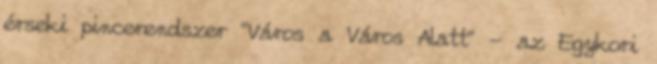
érseki pincerendszer "Város a Város Alatt" - az Egykori